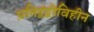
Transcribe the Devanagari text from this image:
प्रतिद्वंद्वीविहीन